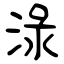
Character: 渌